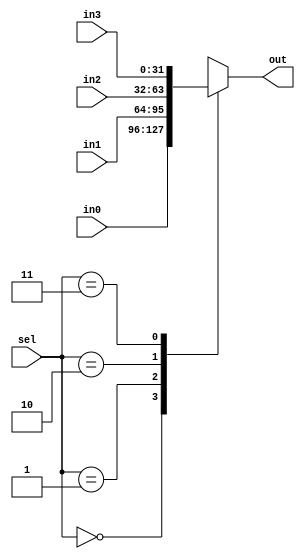
`timescale 1ns / 1ps

module Mux32_4_1(
	input[1:0] sel,
	input[31:0] in0, in1, in2, in3,
	output reg[31:0] out
);

	always @(*)
	begin
		case(sel)
			2'b00: out <= in0;
			2'b01: out <= in1;
			2'b10: out <= in2;
			2'b11: out <= in3;
		endcase
	end
endmodule

module Mux32_2_1(
	input sel,
	input[31:0] in0, in1,
	output reg[31:0] out
);

	always @(*)
	begin
		case(sel)
			2'b0: out <= in0;
			2'b1: out <= in1;
		endcase
	end
endmodule